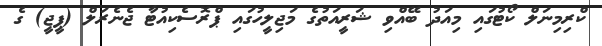
ކްރިމިނަލް ކޯޓުގައި މިއަދު ބޭއްވި ޝަރީއަތުގެ މަޖިލީހުގައި ޕްރޮސެކިއުޓާ ޖެނެރަލް (ޕީޖީ) ގެ